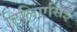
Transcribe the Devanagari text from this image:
टिलिएसिई